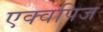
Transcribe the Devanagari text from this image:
एक्वपिज